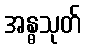
အန္ဓသုတ်